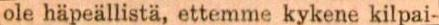
ole häpeällistä, ettemme kykene kilpai-